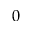
0